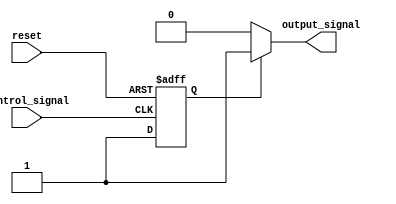
module Disable (
    input wire       control_signal,  // Control signal to enable/disable the block
    input wire       reset,           // Reset signal to return to enabled state
    output reg      output_signal     // Output signal that reflects the block's state
);

// Internal state to manage enable/disable status
reg enabled;

always @(posedge reset or posedge control_signal) begin
    if (reset) begin
        // On reset, enable the block
        enabled <= 1'b1;
    end else if (control_signal) begin
        // Control signal asserted, enable the block
        enabled <= 1'b1;
    end else begin
        // Control signal deasserted, disable the block
        enabled <= 1'b0;
    end
end

always @* begin
    if (enabled) begin
        // Block is enabled; output is driven accordingly
        output_signal = 1'b1; // Example output behavior when enabled
    end else begin
        // Block is disabled; no output
        output_signal = 1'b0; // No output when disabled
    end
end

endmodule